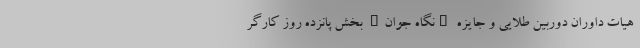
هیات داوران دوربین طلایی و جایزه "نگاه جوان" بخش پانزده روز کارگر